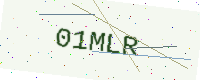
Text: 01MLR